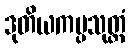
ဒုတိယကပ္ပသုတ္တံ